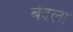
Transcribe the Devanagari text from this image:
बंदला